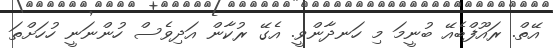
އޭތް. ރައޫފްބެއޭ ބުނީމަ މި ހަނދާންވީ. އެގޭ ރުކާން އަދިވެސް ހުންނަނީ ހުހަށްތަ